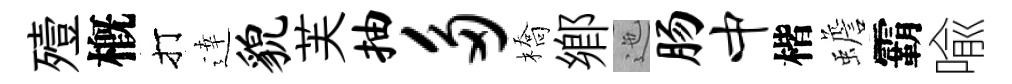
殪槪打逹貌芙抽多橋鄕迤肠中楷蟾霸喩